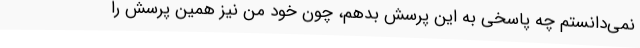
نمی‌دانستم چه پاسخی به این پرسش بدهم، چون خود من نیز همین پرسش را